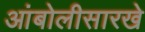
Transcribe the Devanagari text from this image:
आंबोलीसारखे